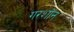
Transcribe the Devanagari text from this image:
गरशॉन